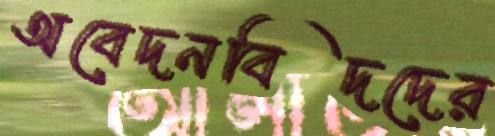
অবেদনবিদদের